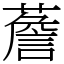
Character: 薝